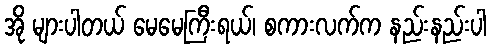
အို များပါတယ် မေမေကြီးရယ်၊ စကားလက်က နည်းနည်းပါ